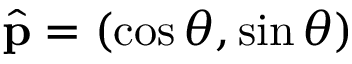
\hat { \mathbf p } = ( \cos \theta , \sin \theta )